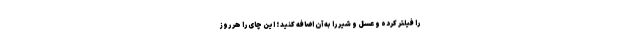
را فیلتر کرده و عسل و شیر را به آن اضافه کنید ؛ این چای را هر روز